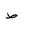
Letter: _da